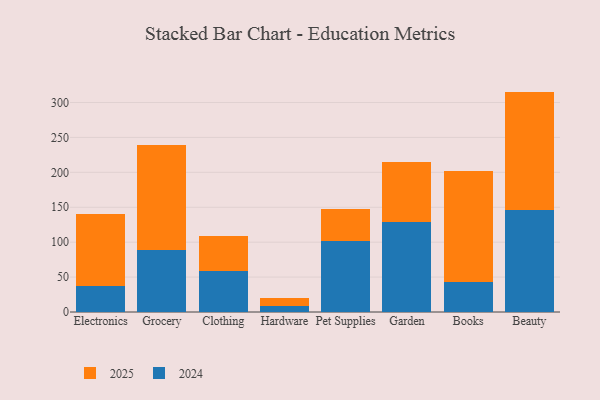
{"axis": {"x": "Category", "y": "Backlog"}, "legend": ["2024", "2025"], "data": [{"x": "Electronics", "y": 102.7, "type": "2025"}, {"x": "Electronics", "y": 37.7, "type": "2024"}, {"x": "Grocery", "y": 151.0, "type": "2025"}, {"x": "Grocery", "y": 88.5, "type": "2024"}, {"x": "Clothing", "y": 50.9, "type": "2025"}, {"x": "Clothing", "y": 58.5, "type": "2024"}, {"x": "Hardware", "y": 11.3, "type": "2025"}, {"x": "Hardware", "y": 8.3, "type": "2024"}, {"x": "Pet Supplies", "y": 46.4, "type": "2025"}, {"x": "Pet Supplies", "y": 101.8, "type": "2024"}, {"x": "Garden", "y": 85.3, "type": "2025"}, {"x": "Garden", "y": 129.4, "type": "2024"}, {"x": "Books", "y": 159.5, "type": "2025"}, {"x": "Books", "y": 42.4, "type": "2024"}, {"x": "Beauty", "y": 170.1, "type": "2025"}, {"x": "Beauty", "y": 145.5, "type": "2024"}]}